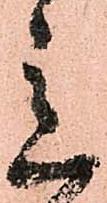
意